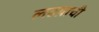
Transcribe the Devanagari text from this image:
लढय़ाची